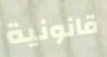
قانونية